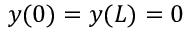
y ( 0 ) = y ( L ) = 0